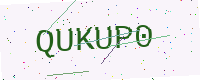
Text: QUKUP0